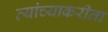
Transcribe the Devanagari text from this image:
त्यांच्याकरीता